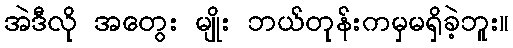
အဲဒီလို အတွေး မျိုး ဘယ်တုန်းကမှမရှိခဲ့ဘူး။